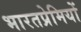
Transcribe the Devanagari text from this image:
भारतप्रेमियों